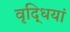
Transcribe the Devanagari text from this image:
वृद्धियां